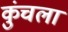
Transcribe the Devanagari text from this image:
कुंचला